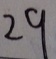
2 9